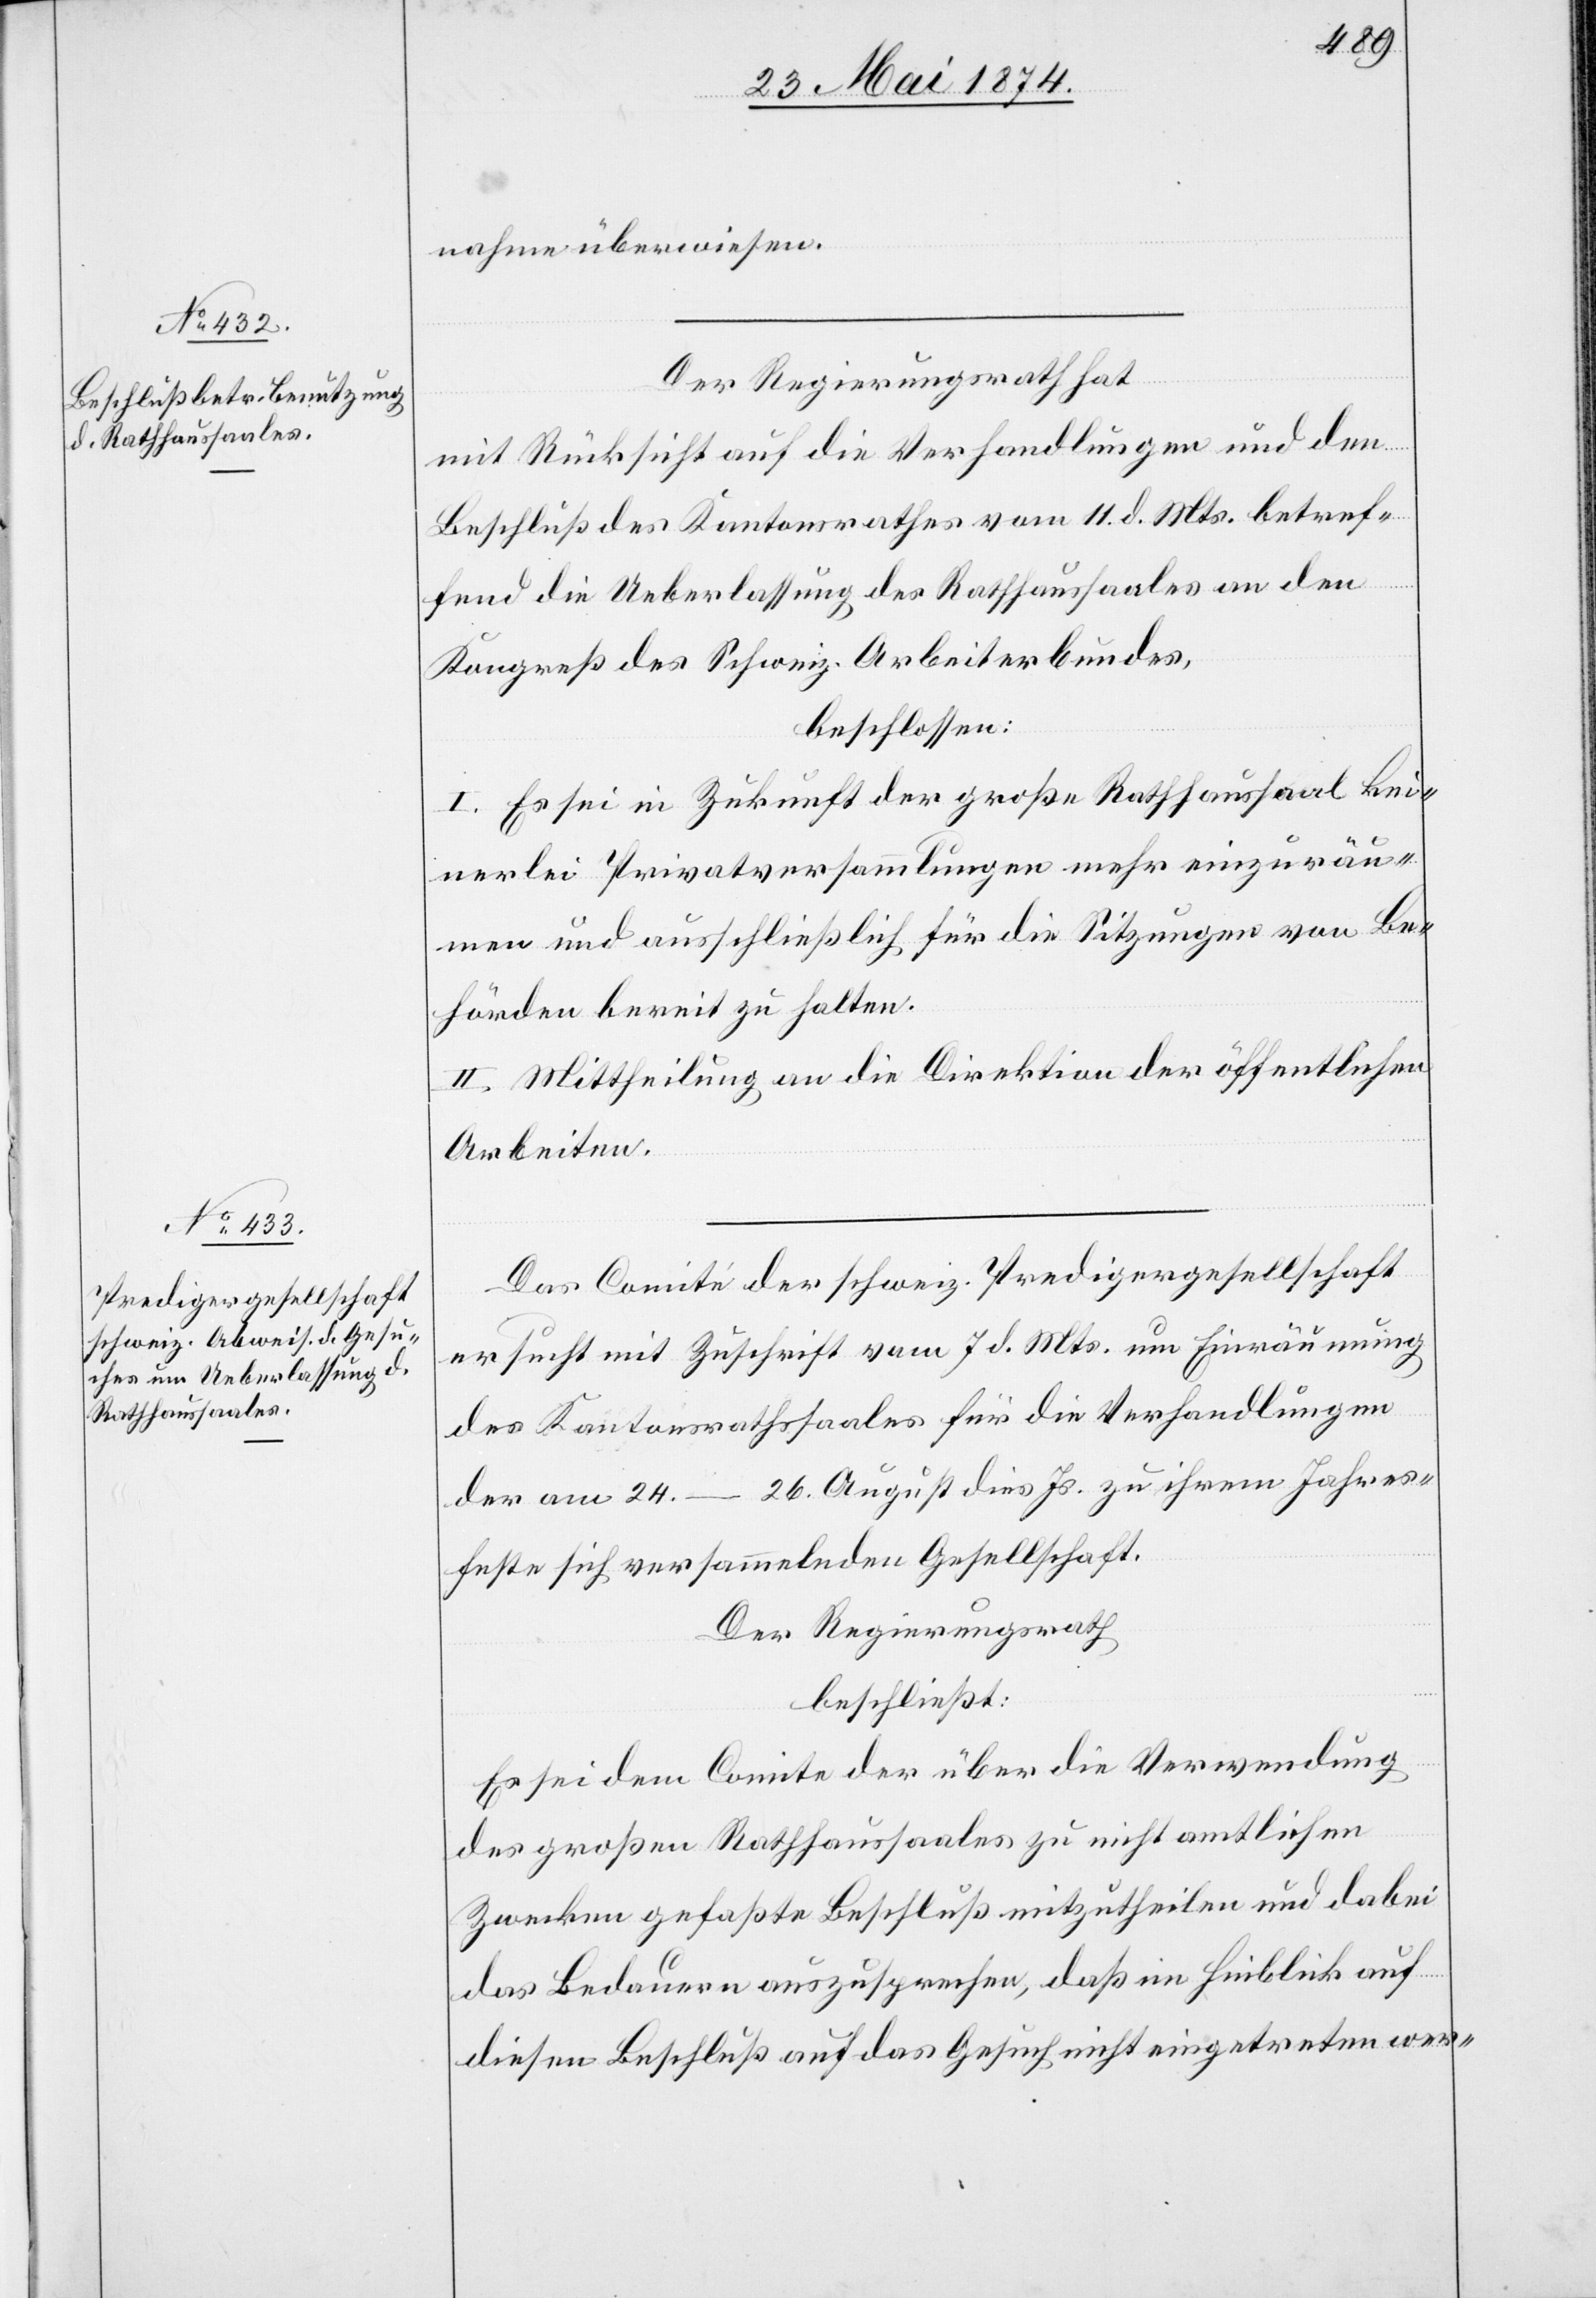
nahme überwiesen.
Der Regierungsrath hat
Mit Rücksicht auf die Verhandlungen und dem
Beschluß des Kantonsrathes vom 11. d. Mts. betref¬
fend die Ueberlassung des Rathhaussaales an den
Kongreß des Schweiz. Arbeiterbundes,
beschlossen:
I. Es sei in Zukunft der große Rathhaussaal kei¬
nerlei Privatversammlungen mehr einzuräu¬
men und ausschließlich für die Sitzungen von Be¬
hörden bereit zu halten.
II. Mittheilung an die Direktion der öffentlichen
Arbeiten.
Das Comité der schweiz. Predigergesellschaft
ersucht mit Zuschrift vom 7. d. Mts. um Einräumung
des Kantonsrathssaales für die Verhandlungen
der am 24.–26. August dies Js. zu ihrem Jahres¬
feste sich versammelnden Gesellschaft.
Der Regierungsrath
beschließt:
Es sei dem Comite der über die Verwendung
des großen Rathhaussaales zu nicht amtlichen
Zwecken gefaßte Beschluß mitzutheilen und dabei
das Bedauern auszusprechen, daß im Hinblick auf
diesen Beschluß auf das Gesuch nicht eingetreten wer-